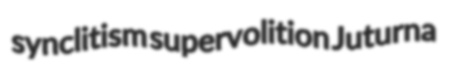
synclitism supervolition Juturna